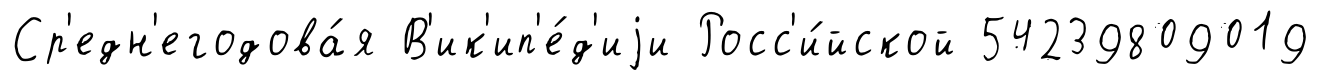
Ср'едн'егодова́я В'ик'ип'е́д'иjи Росс'и́йской 54239809019